Vaccine operations Central Provinces 1886-1899 - 1886-1899
Year: 1886
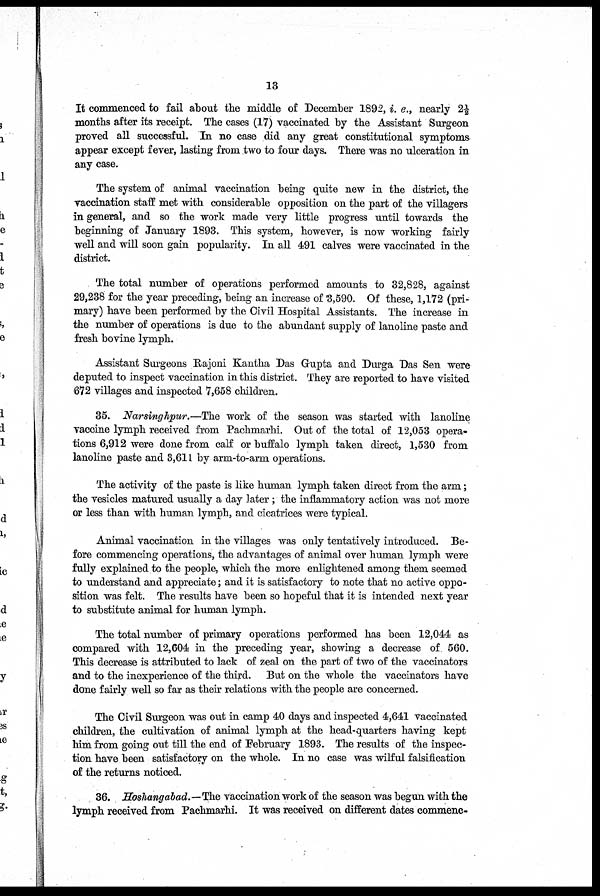
13
It commenced to fail about the middle of December 1892, i. e., nearly 2½
months after its receipt. The cases (17) vaccinated by the Assistant Surgeon
proved all successful. In no case did any great constitutional symptoms
appear except fever, lasting from two to four days. There was no ulceration in
any case.
The system of animal vaccination being quite new in the district, the
vaccination staff met with considerable opposition on the part of the villagers
in general, and so the work made very little progress until towards the
beginning of January 1893. This system, however, is now working fairly
well and will soon gain popularity. In all 491 calves were vaccinated in the
district.
The total number of operations performed amounts to 32,828, against
29,238 for the year preceding, being an increase of 3,590. Of these, 1,172 (pri-
mary) have been performed by the Civil Hospital Assistants. The increase in
the number of operations is due to the abundant supply of lanoline paste and
fresh bovine lymph.
Assistant Surgeons Rajoni Kantha Das Gupta and Durga Das Sen were
deputed to inspect vaccination in this district. They are reported to have visited
672 villages and inspected 7,658 children.
35. Narsinghpur.—The work of the season was started with lanoline
vaccine lymph received from Pachmarhi. Out of the total of 12,053 opera-
tions 6,912 were done from calf or buffalo lymph taken direct, 1,530 from
lanoline paste and 3,611 by arm-to-arm operations.
The activity of the paste is like human lymph taken direct from the arm;
the vesicles matured usually a day later; the inflammatory action was not more
or less than with human lymph, and cicatrices were typical.
Animal vaccination in the villages was only tentatively introduced. Be-
fore commencing operations, the advantages of animal over human lymph were
fully explained to the people, which the more enlightened among them seemed
to understand and appreciate; and it is satisfactory to note that no active oppo-
sition was felt. The results have been so hopeful that it is intended next year
to substitute animal for human lymph.
The total number of primary operations performed has been 12,044 as
compared with 12,604 in the preceding year, showing a decrease of 560.
This decrease is attributed to lack of zeal on the part of two of the vaccinators
and to the inexperience of the third. But on the whole the vaccinators have
done fairly well so far as their relations with the people are concerned.
The Civil Surgeon was out in camp 40 days and inspected 4,641 vaccinated
children, the cultivation of animal lymph at the head-quarters having kept
him from going out till the end of February 1893. The results of the inspec-
tion have been satisfactory on the whole. In no case was wilful falsification
of the returns noticed.
36. Hoshangabad.—The vaccination work of the season was begun with the
lymph received from Pachmarhi. It was received on different dates commenc-